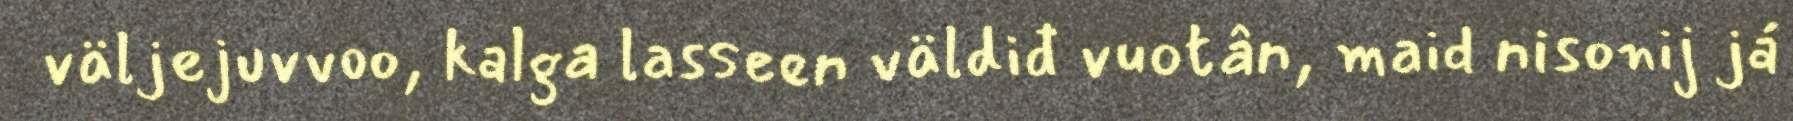
väljejuvvoo, kalga lasseen väldiđ vuotân, maid nisonij já